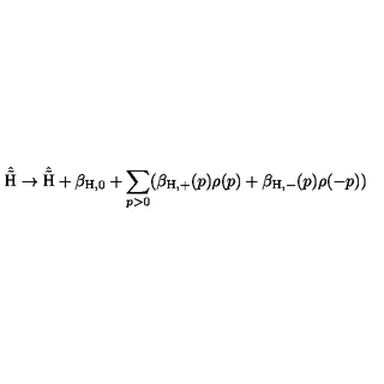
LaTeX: \hat { \tilde { \mathrm { H } } } \rightarrow \hat { \tilde { \mathrm { H } } } + \beta _ { \mathrm { H , 0 } } + \sum _ { p > 0 } ( \beta _ { \mathrm { H , + } } ( p ) \rho ( p ) + \beta _ { \mathrm { H , - } } ( p ) \rho ( - p ) )